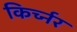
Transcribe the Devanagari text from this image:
किर्च्नर